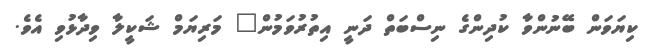
ކިޔަވަން ބޭނުންވާ ކުދިންގެ ނިސްބަތް ދަނީ އިތުރުވަމުން" މަރިޔަމް ޝަކީލާ ވިދާޅުވި އެވެ.